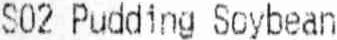
S02 PUDDING SOYBEAN